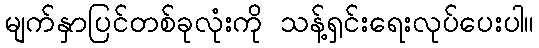
မျက်နှာပြင်တစ်ခုလုံးကို သန့်ရှင်းရေးလုပ်ပေးပါ။